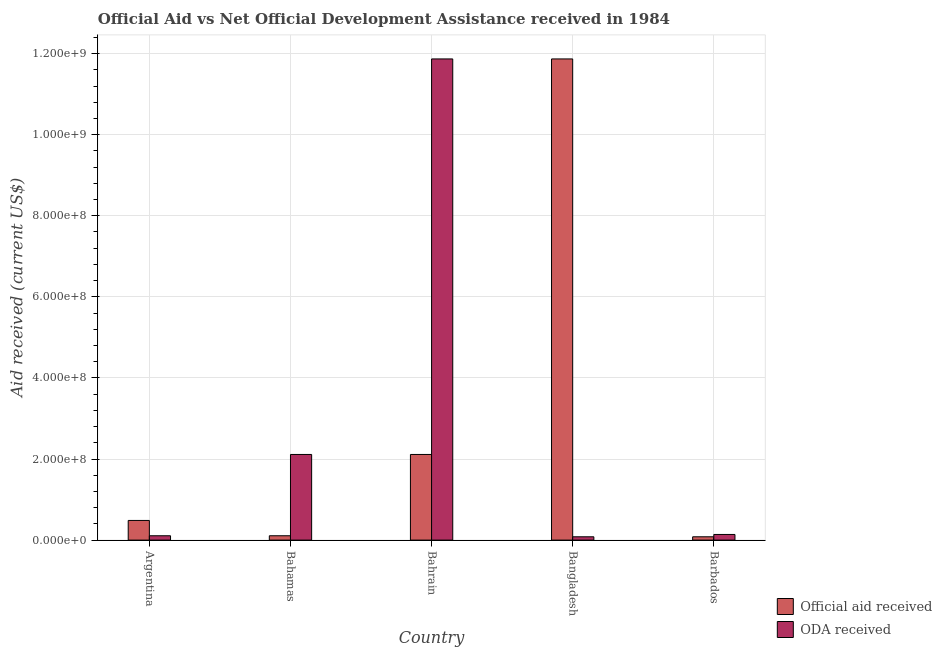
| Country | Official aid received | ODA received |
 | --- | --- | --- |
 | Argentina | 4.85e+07 | 1.07e+07 |
 | Bahamas | 1.07e+07 | 2.11e+08 |
 | Bahrain | 2.11e+08 | 1.19e+09 |
 | Bangladesh | 1.19e+09 | 8.15e+06 |
 | Barbados | 8.15e+06 | 1.39e+07 |